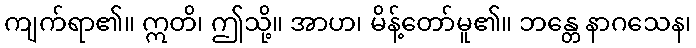
ကျက်ရာ၏။ ဣတိ၊ ဤသို့။ အာဟ၊ မိန့်တော်မူ၏။ ဘန္တေ နာဂသေန၊